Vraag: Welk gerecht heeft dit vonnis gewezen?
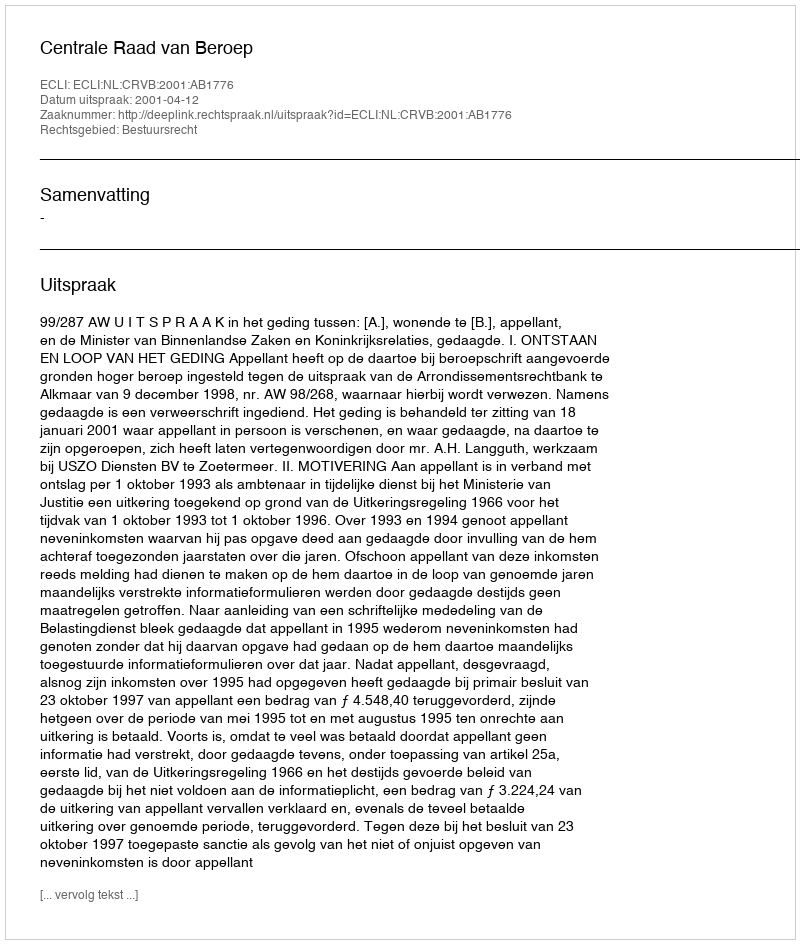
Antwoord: Centrale Raad van Beroep